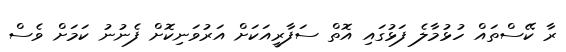
ރާ ކޭސްތައް ހުޅުމާލެ ފަޅުގައި އޮތް ސަފާރީއަކަށް އަރުވަނިކޮށް ފެނުނު ކަމަށް ވެސް